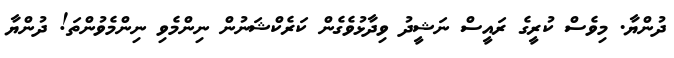
ދުންޔާ. މިވެސް ކުރީގެ ރައީސް ނަޝީދު ވިދާޅުވެގެން ކަރެކްޝަނުން ނިންމެވި ނިންމެވުންތަ! ދުންޔާ